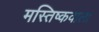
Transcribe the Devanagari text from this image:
मस्तिष्कवाला